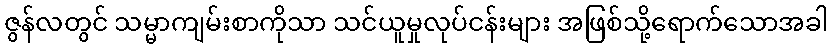
ဇွန်လတွင် သမ္မာကျမ်းစာကိုသာ သင်ယူမှုလုပ်ငန်းများ အဖြစ်သို့ရောက်သောအခါ